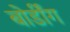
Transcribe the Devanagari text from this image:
बोर्डींग